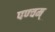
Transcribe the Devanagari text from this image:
पण्चम्